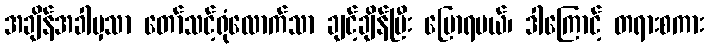
အချိန်အခါမှသာ တော်သင့်ရုံလောက်သာ ချင့်ချိန်ပြီး ပြောရမယ်၊ ဒါကြောင့် တရားစကား